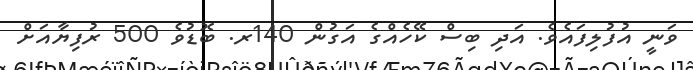
ވަނީ އުފުލިފައެވެ. އަދި ބިސް ކޭހެއްގެ އަގުން 140ރ. ބޮޑުވެ 500 ރުފިޔާއަށް